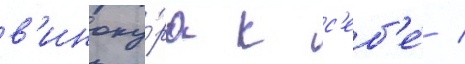
в'иноку́ра к с'еб'е́ /